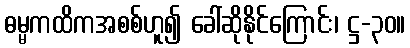
ဓမ္မကထိကအစစ်ဟူ၍ ခေါ်ဆိုနိုင်ကြောင်း၊ ဋ္ဌ-၃၀။